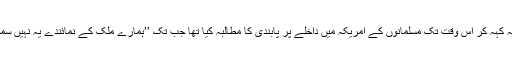
گزشتہ ماہ ڈونلڈ ٹرمپ نے یہ کہہ کر اس وقت تک مسلمانوں کے امریکہ میں داخلے پر پابندی کا مطالبہ کیا تھا جب تک ’’ہمارے ملک کے نمائندے یہ نہیں سمجھ لیتے کہ کیا ہو رہا ہے‘‘۔